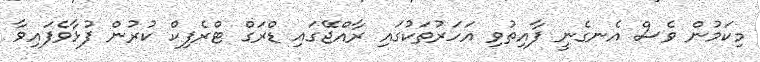
މިކަމުން ވެސް އެނގެނީ ފާއިތުވި އަހަރުތަކުގައި ރާއްޖޭގައި ޑްރަގް ޓްރެފިކް ކުރުން ފުޅާވެފައިވާ